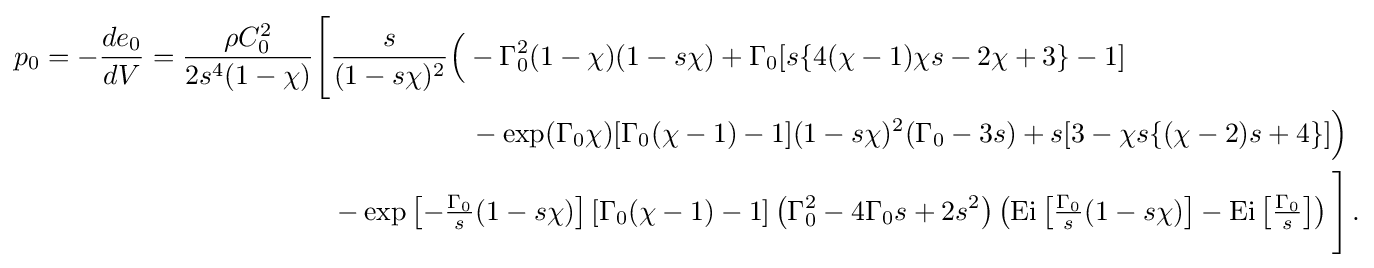
{\begin{aligned}p_{0}=-{\frac {de_{0}}{dV}}={\frac {\rho C_{0}^{2}}{2s^{4}(1-\chi )}}{\Biggl [}&{\frac {s}{(1-s\chi )^{2}}}{\Bigl (}-\Gamma _{0}^{2}(1-\chi )(1-s\chi )+\Gamma _{0}[s\{4(\chi -1)\chi s-2\chi +3\}-1]\\&\qquad \qquad \quad -\exp(\Gamma _{0}\chi )[\Gamma _{0}(\chi -1)-1](1-s\chi )^{2}(\Gamma _{0}-3s)+s[3-\chi s\{(\chi -2)s+4\}]{\Bigr )}\\&-\exp \left[-{\tfrac {\Gamma _{0}}{s}}(1-s\chi )\right]\left[\Gamma _{0}(\chi -1)-1\right]\left(\Gamma _{0}^{2}-4\Gamma _{0}s+2s^{2}\right)\left({\text{Ei}}\left[{\tfrac {\Gamma _{0}}{s}}(1-s\chi )\right]-{\text{Ei}}\left[{\tfrac {\Gamma _{0}}{s}}\right]\right){\Biggr ]}\,.\end{aligned}}